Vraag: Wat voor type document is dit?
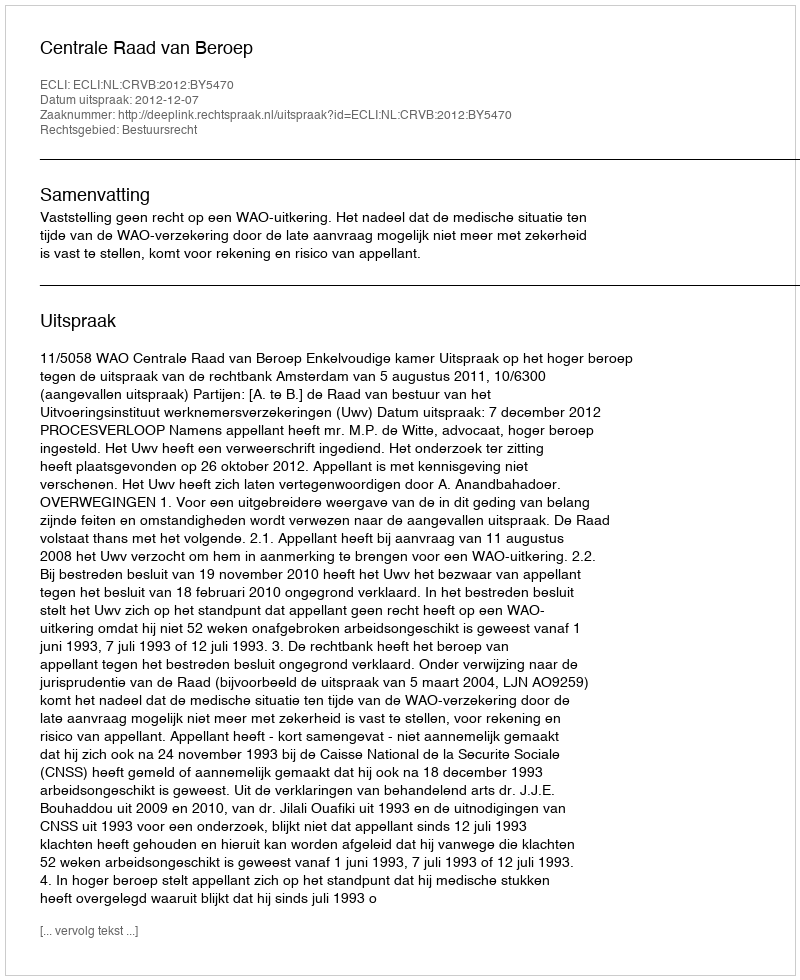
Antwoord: Uitspraak